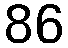
86